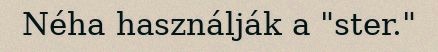
Néha használják a "ster."